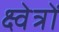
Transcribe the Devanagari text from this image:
क्ष्वेत्रों